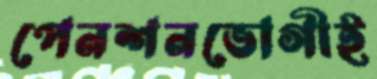
পেনশনভোগীই